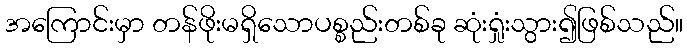
အကြောင်းမှာ တန်ဖိုးမရှိသောပစ္စည်းတစ်ခု ဆုံးရှုံးသွား၍ဖြစ်သည်။